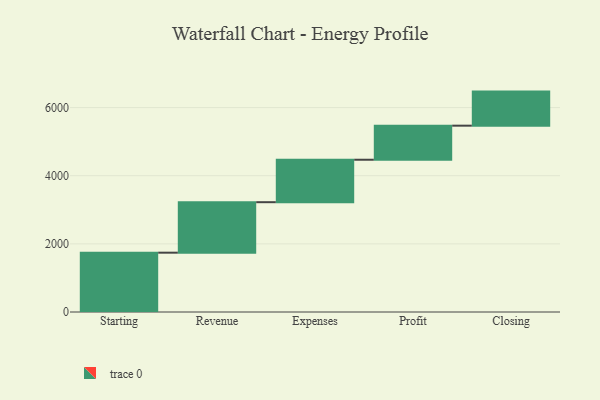
{"axis": {"x": "Step", "y": "Value"}, "legend": [""], "data": [{"x": "Starting", "y": 1741.0, "type": ""}, {"x": "Revenue", "y": 1482.0, "type": ""}, {"x": "Expenses", "y": 1246.0, "type": ""}, {"x": "Profit", "y": 1000, "type": ""}, {"x": "Closing", "y": 1000, "type": ""}]}